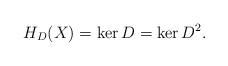
LaTeX: \begin{align*}H_D(X)=\ker D=\ker D^2.\end{align*}